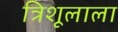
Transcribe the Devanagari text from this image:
त्रिशूलाला